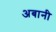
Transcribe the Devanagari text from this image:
अबानी